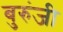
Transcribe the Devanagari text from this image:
बुरुंजी